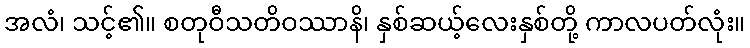
အလံ၊ သင့်၏။ စတုဝီသတိဝဿာနိ၊ နှစ်ဆယ့်လေးနှစ်တို့ ကာလပတ်လုံး။